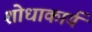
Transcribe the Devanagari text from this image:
शोधाकार्य